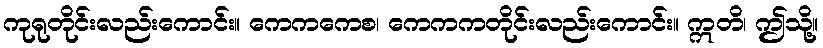
ကုရုတိုင်းလည်းကောင်း။ ကေကကေစ၊ ကေကကတိုင်းလည်းကောင်း။ ဣတိ၊ ဤသို့။